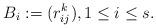
LaTeX: \begin{align*}B_i := (r_{ij}^k), 1 \leq i \leq s.\end{align*}